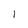
Character: l